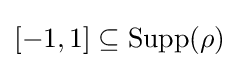
[-1,1]\subseteq \mathrm {Supp} (\rho )